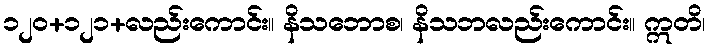
၁၂၀+၁၂၁+လည်းကောင်း။ နိသဘောစ၊ နိသဘလည်းကောင်း။ ဣတိ၊